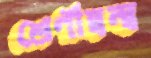
শ্রেণীদ্বন্দ্ব